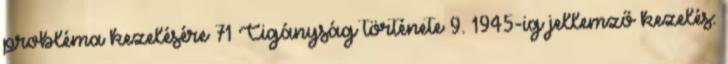
probléma kezelésére 71 Cigányság története 9. 1945-ig jellemző kezelés: